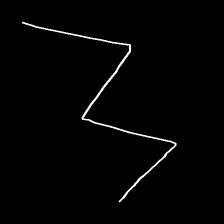
Glyph: crush